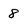
Character: 8